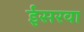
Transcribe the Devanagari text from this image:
ईसरवा